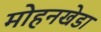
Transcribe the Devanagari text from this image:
मोहनखेडा